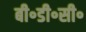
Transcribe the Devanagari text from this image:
बी॰डी॰सी॰